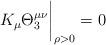
LaTeX: \begin{align*} K_{\mu}\Theta_{3}^{\mu\nu}{\bigg|}_{\rho>0}=0\end{align*}